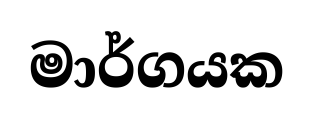
මාර්ගයක